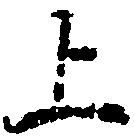
上